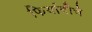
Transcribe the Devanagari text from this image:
फिर्यादीचे